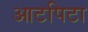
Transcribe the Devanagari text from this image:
आटपिटा